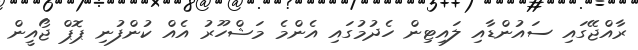
ރާއްޖޭގައި ސައުންޑާއި ލައިޓިން ހެދުމުގައި އެންމެ މަޝްހޫރު އެއް ކުންފުނި ޕޮޕް ޖޯއީން